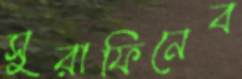
সুরাফিনেব